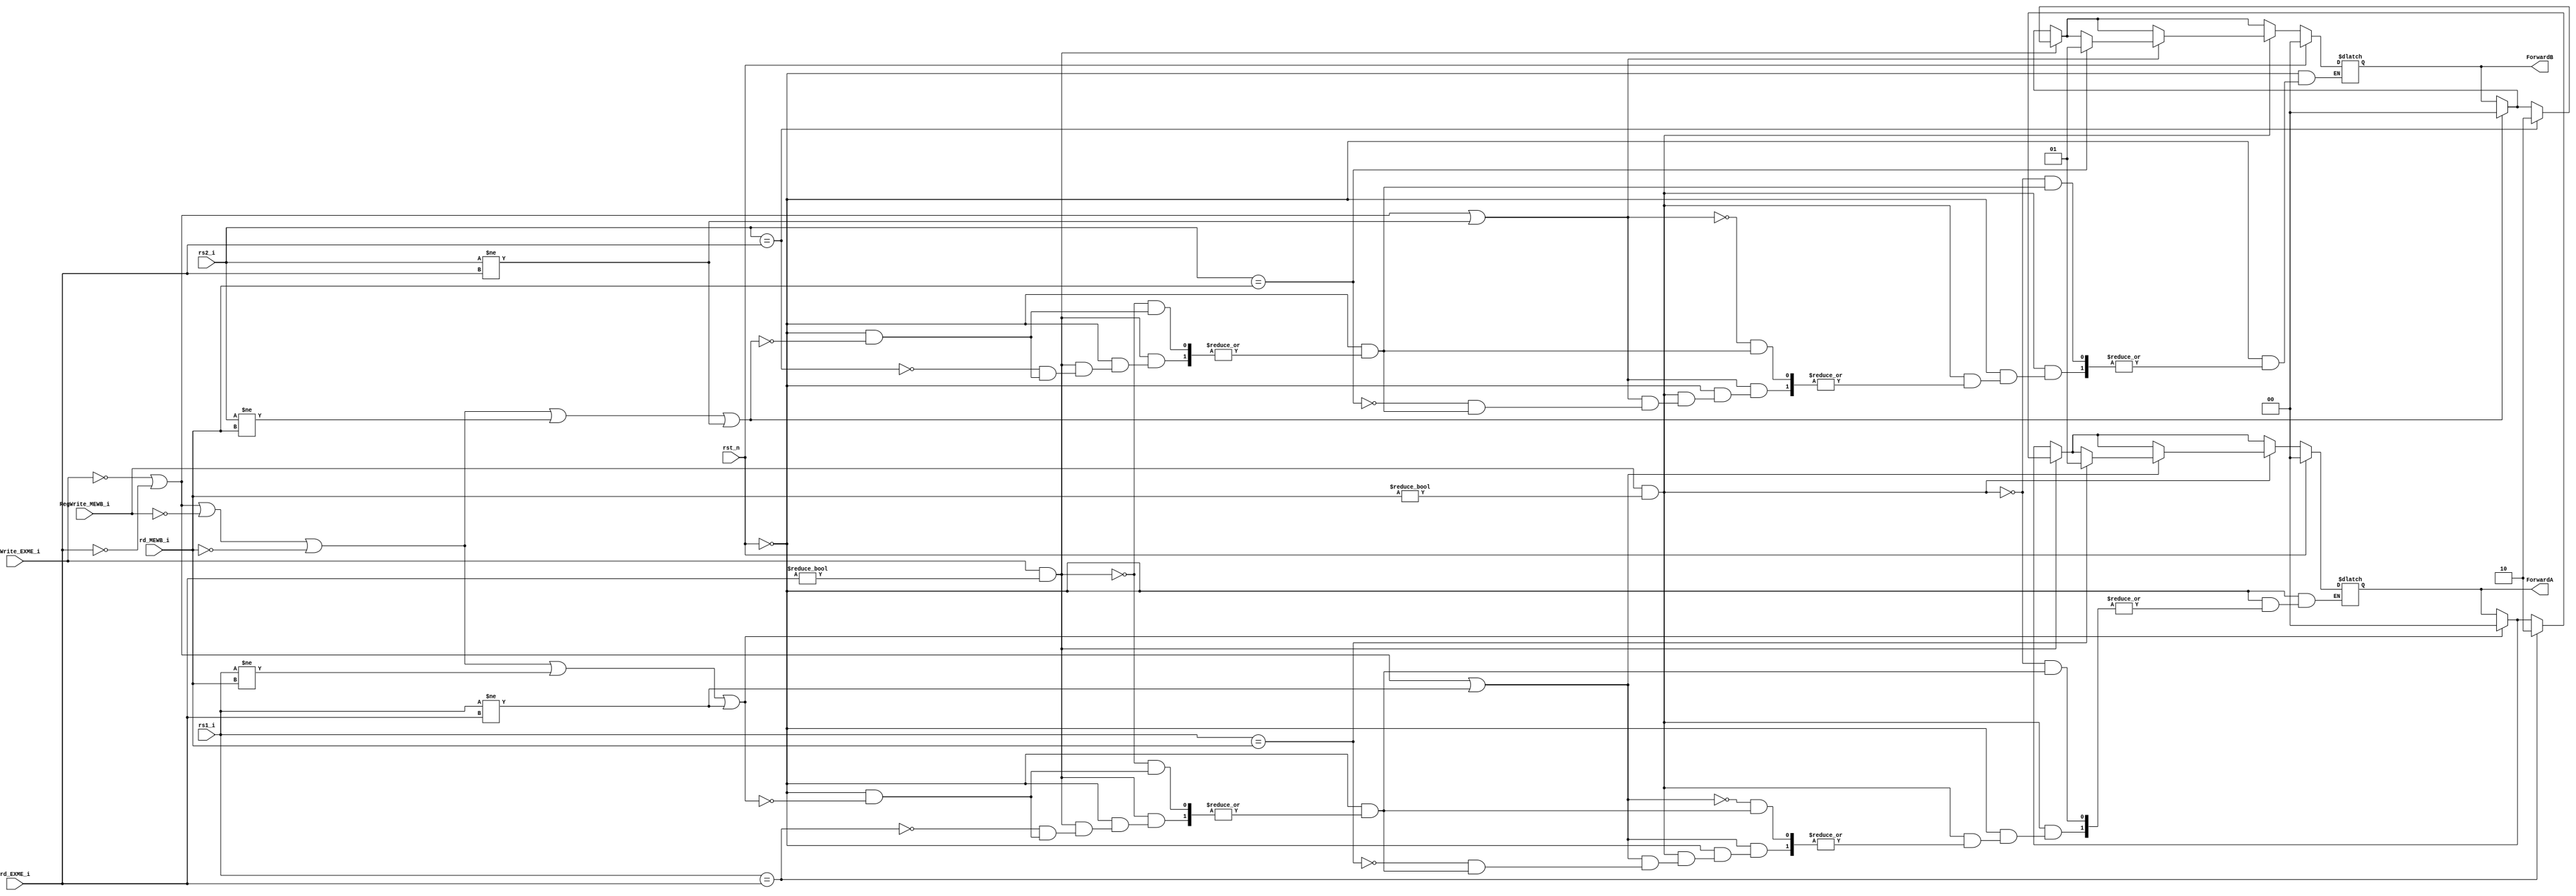
`timescale 1ns / 1ps
//////////////////////////////////////////////////////////////////////////////////
// Company: 
// Engineer: 
// 
// Design Name: 
// Module Name: ForwardingUnit
// Project Name: 
// Target Devices: 
// Tool Versions: 
// Description: 
// 
// Dependencies: 
// 
// Revision:
// Revision 0.01 - File Created
// Additional Comments:
// 
//////////////////////////////////////////////////////////////////////////////////


module ForwardingUnit(
input RegWrite_MEWB_i,RegWrite_EXME_i,rst_n,
input [4:0] rd_MEWB_i,rd_EXME_i,rs1_i,rs2_i,
output reg [1:0] ForwardA,ForwardB
    );
    always@* begin
        if (rst_n==1'b1)begin
            ForwardA=2'b00;
            ForwardB=2'b00;
        end
        else begin
            if (!RegWrite_EXME_i || rd_EXME_i==5'b00000 || !RegWrite_MEWB_i || rd_MEWB_i==5'b00000 ||rs1_i!=rd_MEWB_i ||rs1_i!=rd_EXME_i)begin
                    ForwardA=2'b00;
            end
            if (!RegWrite_EXME_i || rd_EXME_i==5'b00000 || !RegWrite_MEWB_i || rd_MEWB_i==5'b00000 ||rs2_i!=rd_MEWB_i ||rs2_i!=rd_EXME_i)begin
                    ForwardB=2'b00;
            end
            if (RegWrite_EXME_i && rd_EXME_i!=5'b00000)begin
                if(rs1_i==rd_EXME_i)begin
                    ForwardA=2'b10;
                end
                if(rs2_i==rd_EXME_i)begin
                    ForwardB=2'b10;
                end
            end//EX forwarding
            if (RegWrite_MEWB_i && rd_MEWB_i!=5'b00000)begin
                if (!RegWrite_EXME_i || rd_EXME_i==5'b00000 || rs1_i!=rd_EXME_i)begin
                    if(rs1_i==rd_MEWB_i)begin
                        ForwardA=2'b01;
                    end
                end
                if (!RegWrite_EXME_i || rd_EXME_i==5'b00000 || rs2_i!=rd_EXME_i)begin
                    if(rs2_i==rd_MEWB_i)begin
                        ForwardB=2'b01;
                    end
                end
            end//MEM forwarding
        end
    end
endmodule